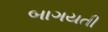
બાગયતી